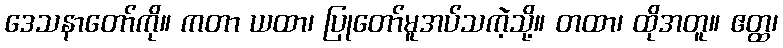
ဒေသနာတော်ကို။ ကတာ ယထာ၊ ပြုတော်မူအပ်သကဲ့သို့။ တထာ၊ ထိုအတူ။ ဧတ္ထ၊